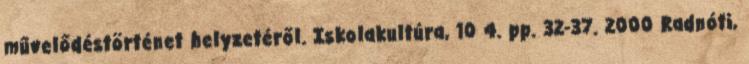
művelődéstörténet helyzetéről. Iskolakultúra, 10 4. pp. 32-37. 2000 Radnóti,